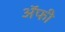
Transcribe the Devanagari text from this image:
अॅफी